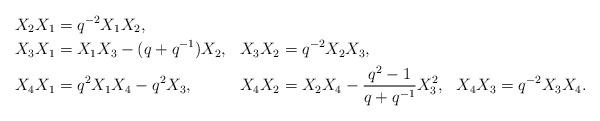
LaTeX: \begin{align*}X_2X_1&=q^{-2}X_1X_2, \\X_3X_1&{}=X_1X_3-(q+q^{-1})X_2, &&X_3X_2=q^{-2}X_2X_3, \\X_4X_1&{}=q^2X_1X_4-q^2X_3, &&X_4X_2=X_2X_4-\frac{q^2-1}{q+q^{-1}}X_3^2, ~~ X_4X_3=q^{-2}X_3X_4.\end{align*}